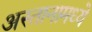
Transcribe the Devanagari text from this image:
अस्तानामध्ये